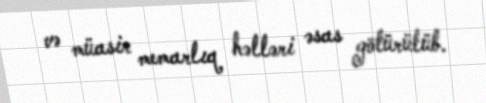
və müasir memarlıq həlləri əsas götürülüb.